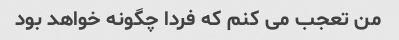
من تعجب می کنم که فردا چگونه خواهد بود